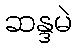
ဆန္ဒမဲ